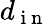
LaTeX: d_{\mathrm{~i~n~}}